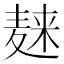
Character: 𪎌